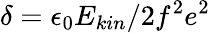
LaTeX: \delta=\epsilon_{0}E_{kin}/2f^{2}e^{2}